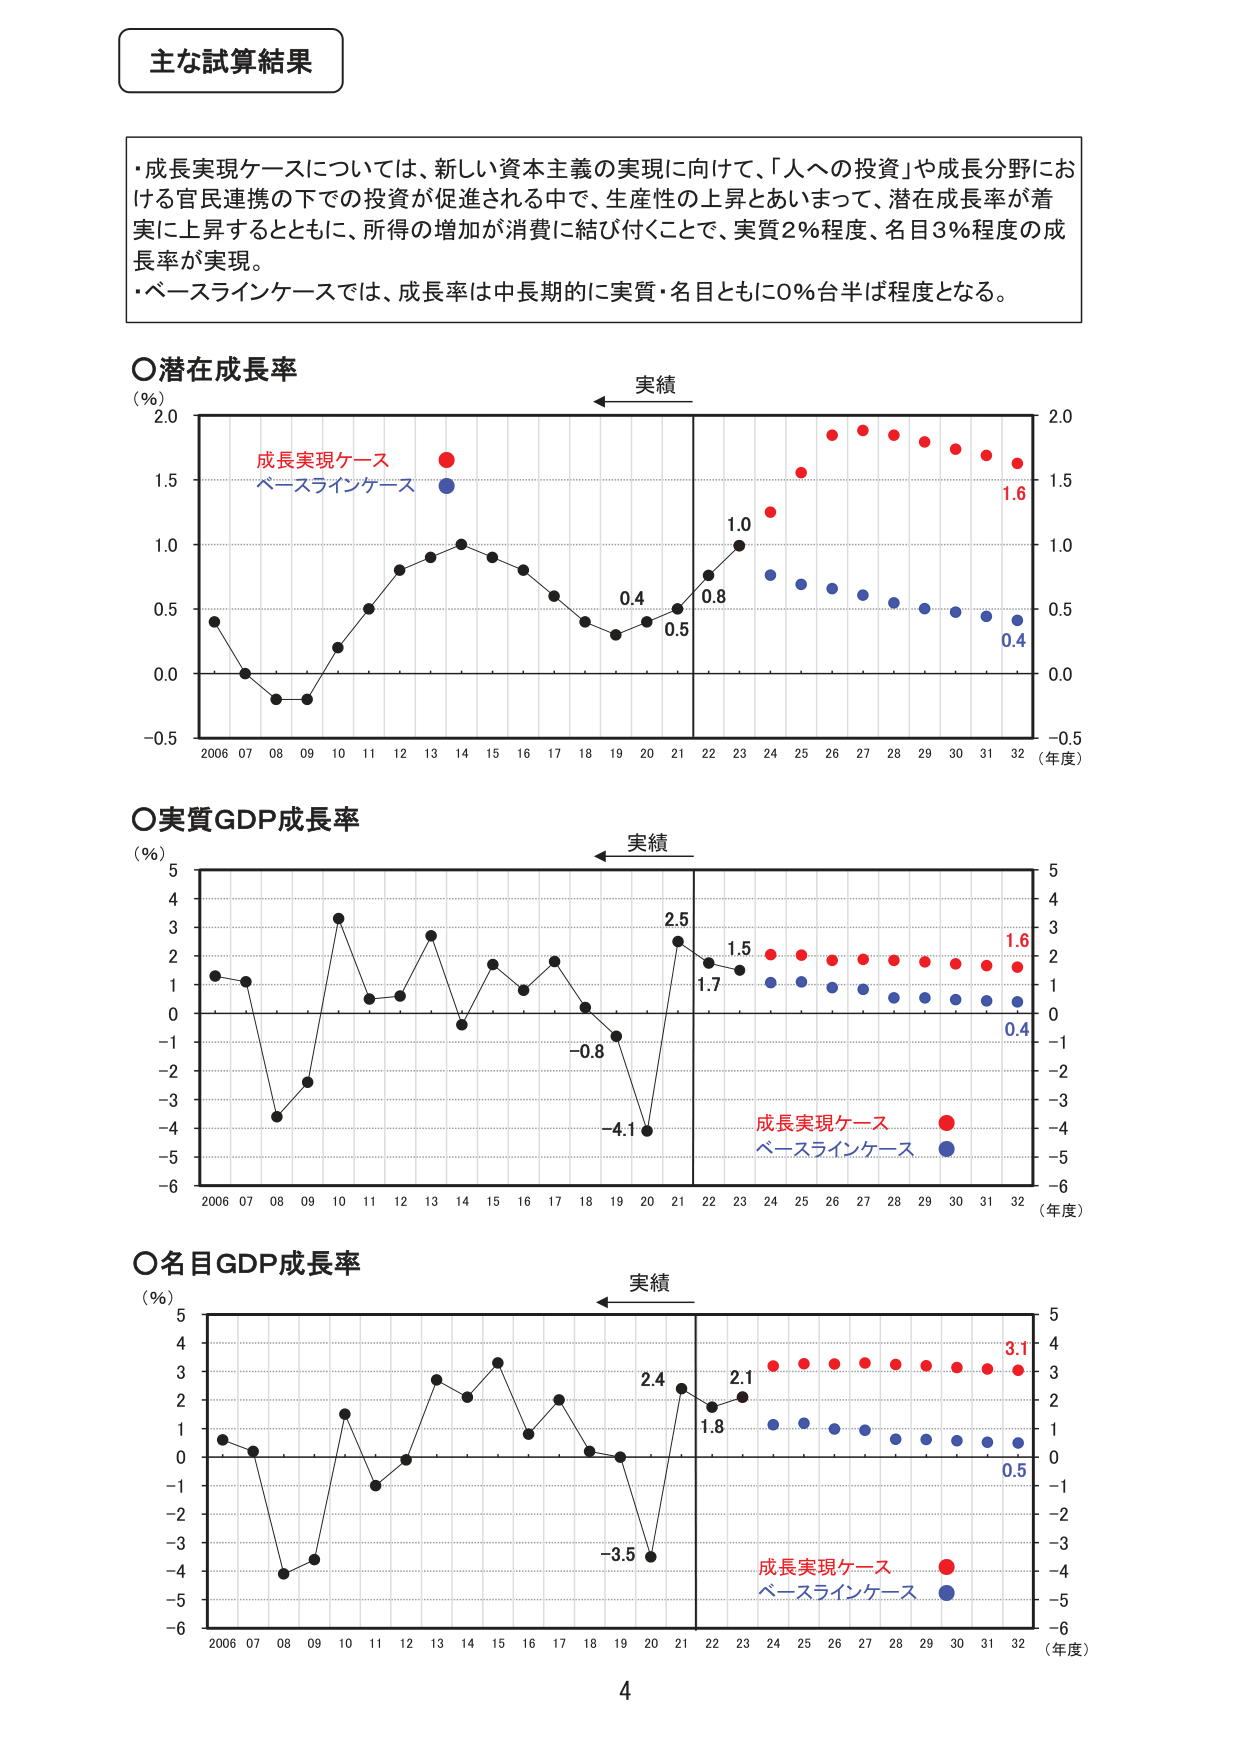
主な試算結果

・成長実現ケースについては、新しい資本主義の実現に向けて、「人への投資」や成長分野における官民連携の下での投資が促進される中で、生産性の上昇とあいまって、潜在成長率が着実に上昇するとともに、所得の増加が消費に結び付くことで、実質2％程度、名目3％程度の成長率が実現。
・ベースラインケースでは、成長率は中長期的に実質・名目ともに0％台半ば程度となる。

○潜在成長率
（％）
実績
2.0
1.5
1.0
0.5
0.0
-0.5
2006 07 08 09 10 11 12 13 14 15 16 17 18 19 20 21 22 23 24 25 26 27 28 29 30 31 32 （年度）
成長実現ケース
ベースラインケース
0.4
0.5
0.8
1.0
1.6
0.4

○実質GDP成長率
（％）
実績
5
4
3
2
1
0
-1
-2
-3
-4
-5
-6
2006 07 08 09 10 11 12 13 14 15 16 17 18 19 20 21 22 23 24 25 26 27 28 29 30 31 32 （年度）
2.5
1.7
-0.8
-4.1
1.5
1.6
0.4
成長実現ケース
ベースラインケース

○名目GDP成長率
（％）
実績
5
4
3
2
1
0
-1
-2
-3
-4
-5
-6
2006 07 08 09 10 11 12 13 14 15 16 17 18 19 20 21 22 23 24 25 26 27 28 29 30 31 32 （年度）
2.4
1.8
-3.5
2.1
3.1
0.5
成長実現ケース
ベースラインケース

4